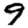
Digit: 9